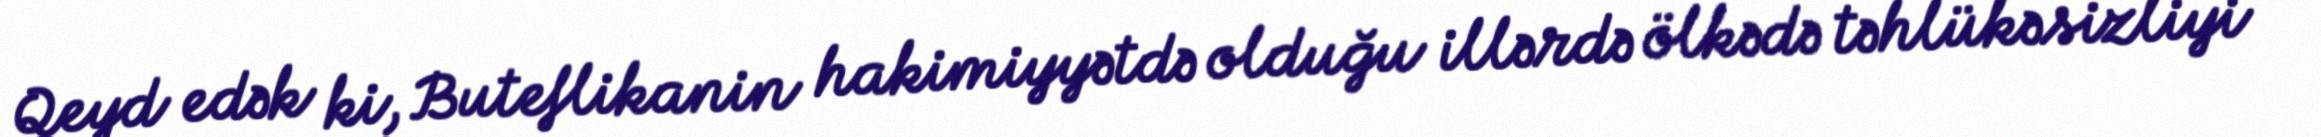
Qeyd edək ki, Buteflikanin hakimiyyətdə olduğu illərdə ölkədə təhlükəsizliyi